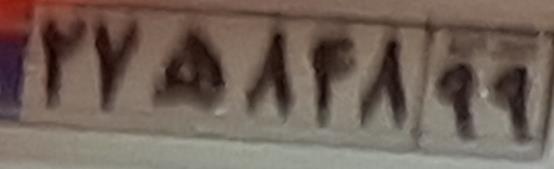
۲۷ه۸۴۸۹۹